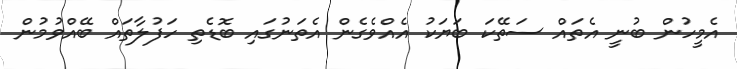
އެމީހުން ބުނީ އެތައް ސަތޭކަ ބަޔަކު އެއްވެގެން އެތަނުގައި ބޮޑެތި ހަފުލާތައް ބޭއްވުމުން